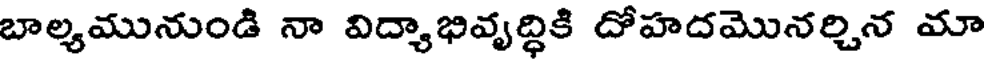
బాల్యమునుండి నా విద్యాభివృద్ధికి దోహదమొనర్చిన మా